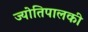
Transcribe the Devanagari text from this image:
ज्योतिपालकी